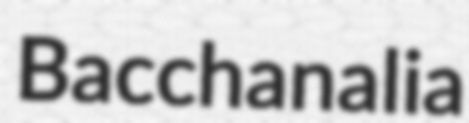
Bacchanalia